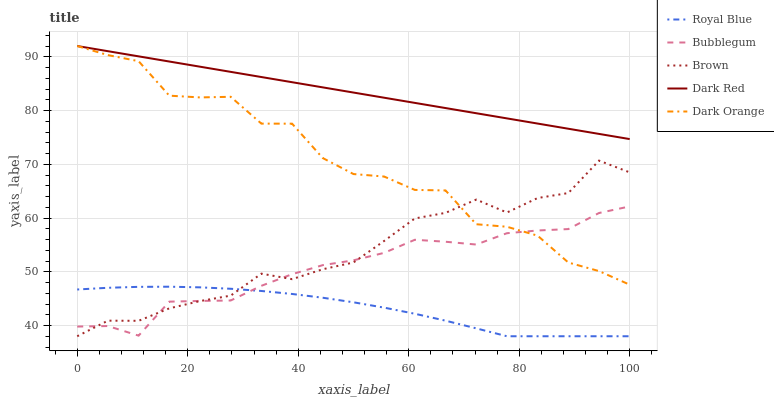
| xaxis_label | Royal Blue | Bubblegum | Brown | Dark Red | Dark Orange |
 | --- | --- | --- | --- | --- | --- |
 | 0 | 46.7 | 39.8 | 38 | 92 | 92 |
 | 5.56 | 47 | 39.9 | 40.9 | 91 | 90.3 |
 | 11.1 | 47.2 | 38.1 | 40.9 | 90.1 | 89.2 |
 | 16.7 | 47.2 | 44.4 | 43.2 | 89.1 | 82.8 |
 | 22.2 | 47.1 | 44.6 | 44.5 | 88.2 | 82.4 |
 | 27.8 | 46.8 | 44.7 | 45.6 | 87.2 | 82.6 |
 | 33.3 | 46.4 | 47.4 | 49.6 | 86.2 | 77.6 |
 | 38.9 | 45.9 | 49.5 | 48.6 | 85.3 | 77.6 |
 | 44.4 | 45.2 | 51.2 | 50.5 | 84.3 | 71.2 |
 | 50 | 44.3 | 52.1 | 51.7 | 83.3 | 68.2 |
 | 55.6 | 43.3 | 53.5 | 55.7 | 82.4 | 67.7 |
 | 61.1 | 42.2 | 55.9 | 59.9 | 81.4 | 65.2 |
 | 66.7 | 40.9 | 55.6 | 61 | 80.5 | 65.1 |
 | 72.2 | 39.5 | 55.1 | 63.4 | 79.5 | 58.8 |
 | 77.8 | 38 | 57.2 | 61 | 78.5 | 58.4 |
 | 83.3 | 38 | 57.7 | 63.7 | 77.6 | 56.7 |
 | 88.9 | 38 | 57.9 | 64.6 | 76.6 | 51.7 |
 | 94.4 | 38 | 60.9 | 70.7 | 75.6 | 50.1 |
 | 100 | 38 | 62.2 | 68.5 | 74.7 | 47.6 |